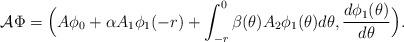
LaTeX: \begin{align*}{\cal A}\Phi= \Big( A\phi_0 + \alpha A_1\phi_1(-r) + \displaystyle\int^0_{-r}\beta(\theta)A_2\phi_1(\theta)d\theta, \frac{d\phi_1(\theta)}{d\theta}\Big).\end{align*}